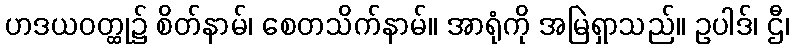
ဟဒယဝတ္ထု၌ စိတ်နာမ်၊ စေတသိက်နာမ်။ အာရုံကို အမြဲရှာသည်။ ဥပါဒ်၊ ဌီ၊